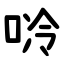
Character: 唥